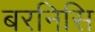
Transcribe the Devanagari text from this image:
बरनिसि